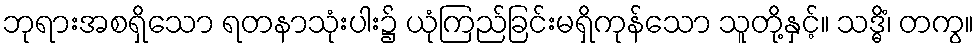
ဘုရားအစရှိသော ရတနာသုံးပါး၌ ယုံကြည်ခြင်းမရှိကုန်သော သူတို့နှင့်။ သဒ္ဓိံ၊ တကွ။